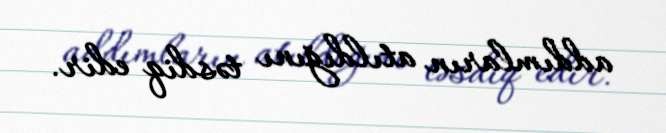
addımların atıldığını təsdiq edir.